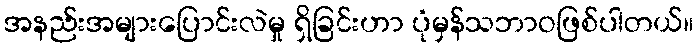
အနည်းအများပြောင်းလဲမှု ရှိခြင်းဟာ ပုံမှန်သဘာဝဖြစ်ပါတယ်။